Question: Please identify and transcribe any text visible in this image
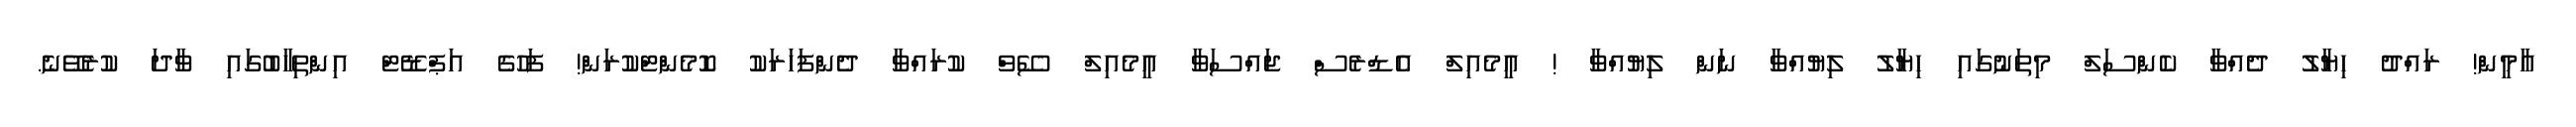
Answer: އާމީން! ރައްދު ހިޔާލު ދެއްވާ ކެންސަލް މިތަނުގައި ހިޔާލު ލިޔުއްވާ ނަން ލިޔުއްވާ ! އީމެއިލް އެޑްރެސް ޖައްސަވާ އީމެއިލް ސޭވް ކުރައްވާ ދެންފަހަރަކު ކޮމެންޓްކުރަން! ފަހުގެ އަޕްޑޭޓް އިންތިހާބުގައި ވާދަ ކުރެވޭނެ.